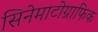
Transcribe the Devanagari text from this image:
सिनेमाटोग्राफिक